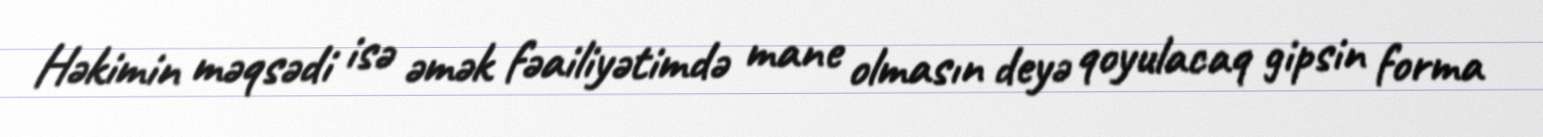
Həkimin məqsədi isə əmək fəailiyətimdə mane olmasın deyə qoyulacaq gipsin forma